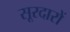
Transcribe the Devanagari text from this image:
सूरदारों